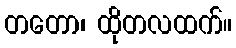
တတော၊ ထိုတလထက်။